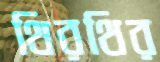
থিরথির